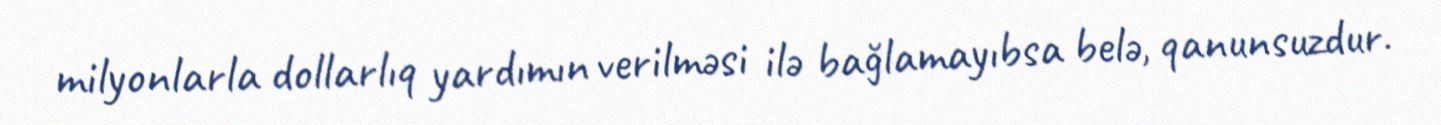
milyonlarla dollarlıq yardımın verilməsi ilə bağlamayıbsa belə, qanunsuzdur.